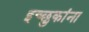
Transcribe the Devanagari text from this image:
इच्छुकांना